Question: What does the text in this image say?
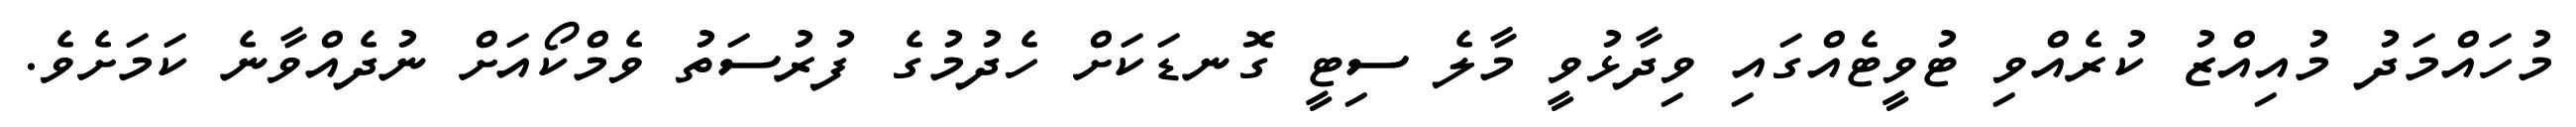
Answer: މުހައްމަދު މުއިއްޒު ކުރެއްވި ޓުވީޓެއްގައި ވިދާޅުވީ މާލެ ސިޓީ ގޮނޑަކަށް ހެދުމުގެ ފުރުސަތު ވެމްކޯއަށް ނުދެއްވާނެ ކަމަށެވެ.